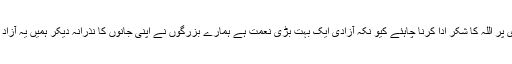
ہمیں اپنی آزادی پر اللہ کا شکر ادا کرنا چاہئے کیو نکہ آزادی ایک بہت بڑی نعمت ہے ہمارے بزرگوں نے اپنی جانوں کا نذرانہ دیکر ہمیں یہ آزاد ملک فراہم کیا۔